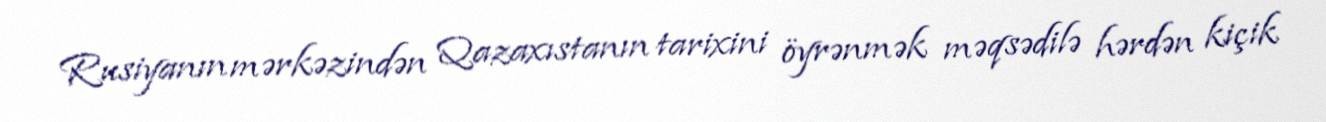
Rusiyanın mərkəzindən Qazaxıstanın tarixini öyrənmək məqsədilə hərdən kiçik